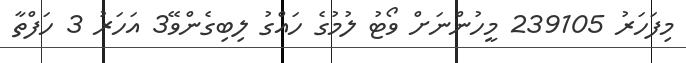
މިފަހަރު 239105 މީހުންނަށް ވޯޓު ލުމުގެ ހައްގު ލިބިގެންވޭ3 އަހަރު 3 ހަފްތާ